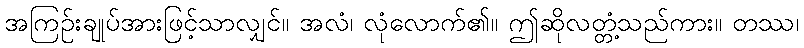
အကြဉ်းချုပ်အားဖြင့်သာလျှင်။ အလံ၊ လုံလောက်၏။ ဤဆိုလတ္တံ့သည်ကား။ တဿ၊